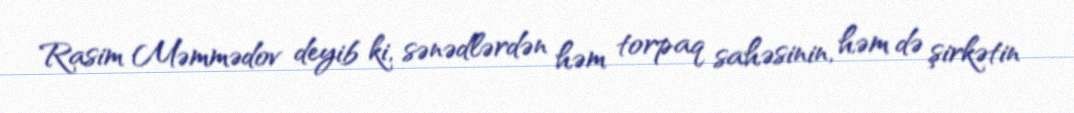
Rasim Məmmədov deyib ki, sənədlərdən həm torpaq sahəsinin, həm də şirkətin